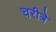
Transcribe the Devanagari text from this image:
चरीत्रे